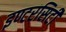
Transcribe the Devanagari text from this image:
इण्टरसिटी